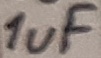
Text: 1uF